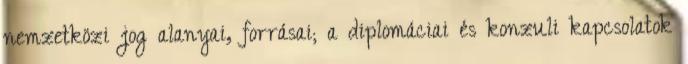
nemzetközi jog alanyai, forrásai; a diplomáciai és konzuli kapcsolatok